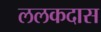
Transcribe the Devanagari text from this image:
ललकदास